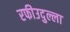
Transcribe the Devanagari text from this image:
रफीउदुल्ला